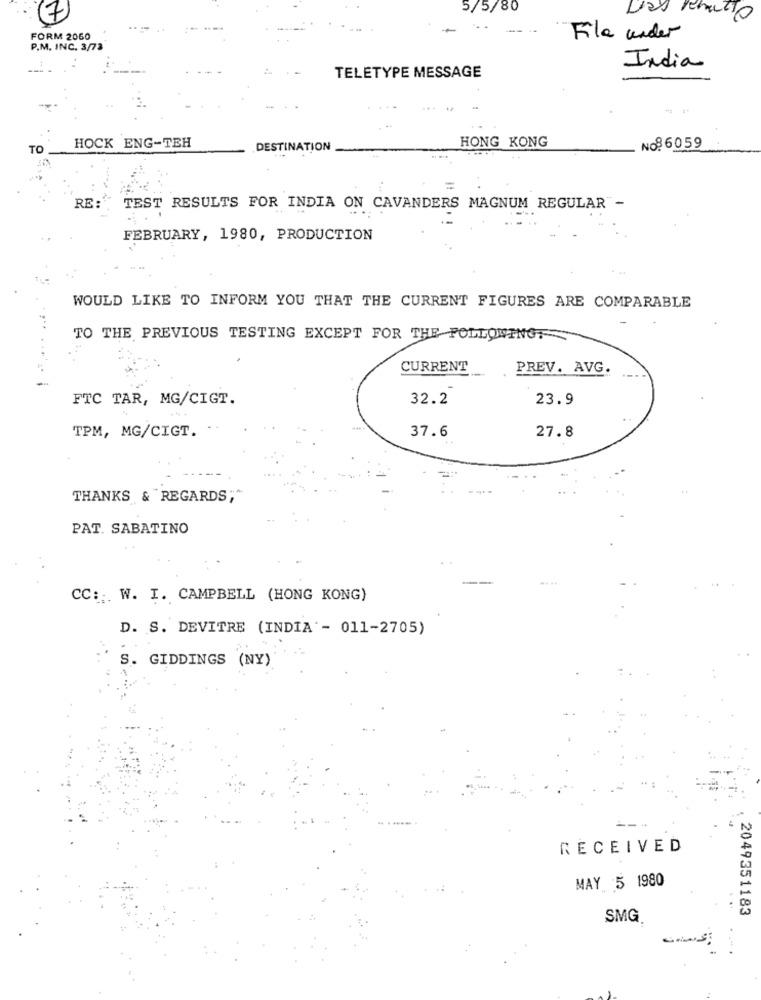
5/5/80
7
FORM 2060
Fila under
P.M. INC. 3/73
India
TELETYPE MESSAGE
HONG KONG
TO
HOCK ENG-TEH
DESTINATION
NO: 6059
=
RE :
TEST RESULTS FOR INDIA ON CAVANDERS MAGNUM REGULAR -
FEBRUARY, 1980, PRODUCTION
WOULD LIKE TO INFORM YOU THAT THE CURRENT FIGURES ARE COMPARABLE
TO THE PREVIOUS TESTING EXCEPT FOR THE FOLLOWINGT
CURRENT
PREV. AVG.
FTC TAR, MG/CIGT.
32.2
23.9
TPM, MG/CIGT. .
37.6
27.8
THANKS & REGARDS;"
PAT. SABATINO
CC ::. W. I. CAMPBELL (HONG KONG)
D. S. DEVITRE (INDIA'- 011-2705)
S. GIDDINGS (NY)
RECEIVED
MAY 5 1980
2049351183
SMG